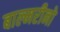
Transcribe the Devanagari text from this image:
बाल्मरीनो